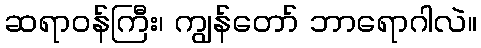
ဆရာဝန်ကြီး၊ ကျွန်တော် ဘာရောဂါလဲ။